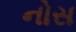
નોસ